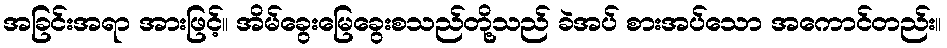
အခြင်းအရာ အားဖြင့်။ အိမ်ခွေးမြေခွေးစသည်တို့သည် ခဲအပ် စားအပ်သော အကောင်တည်း။